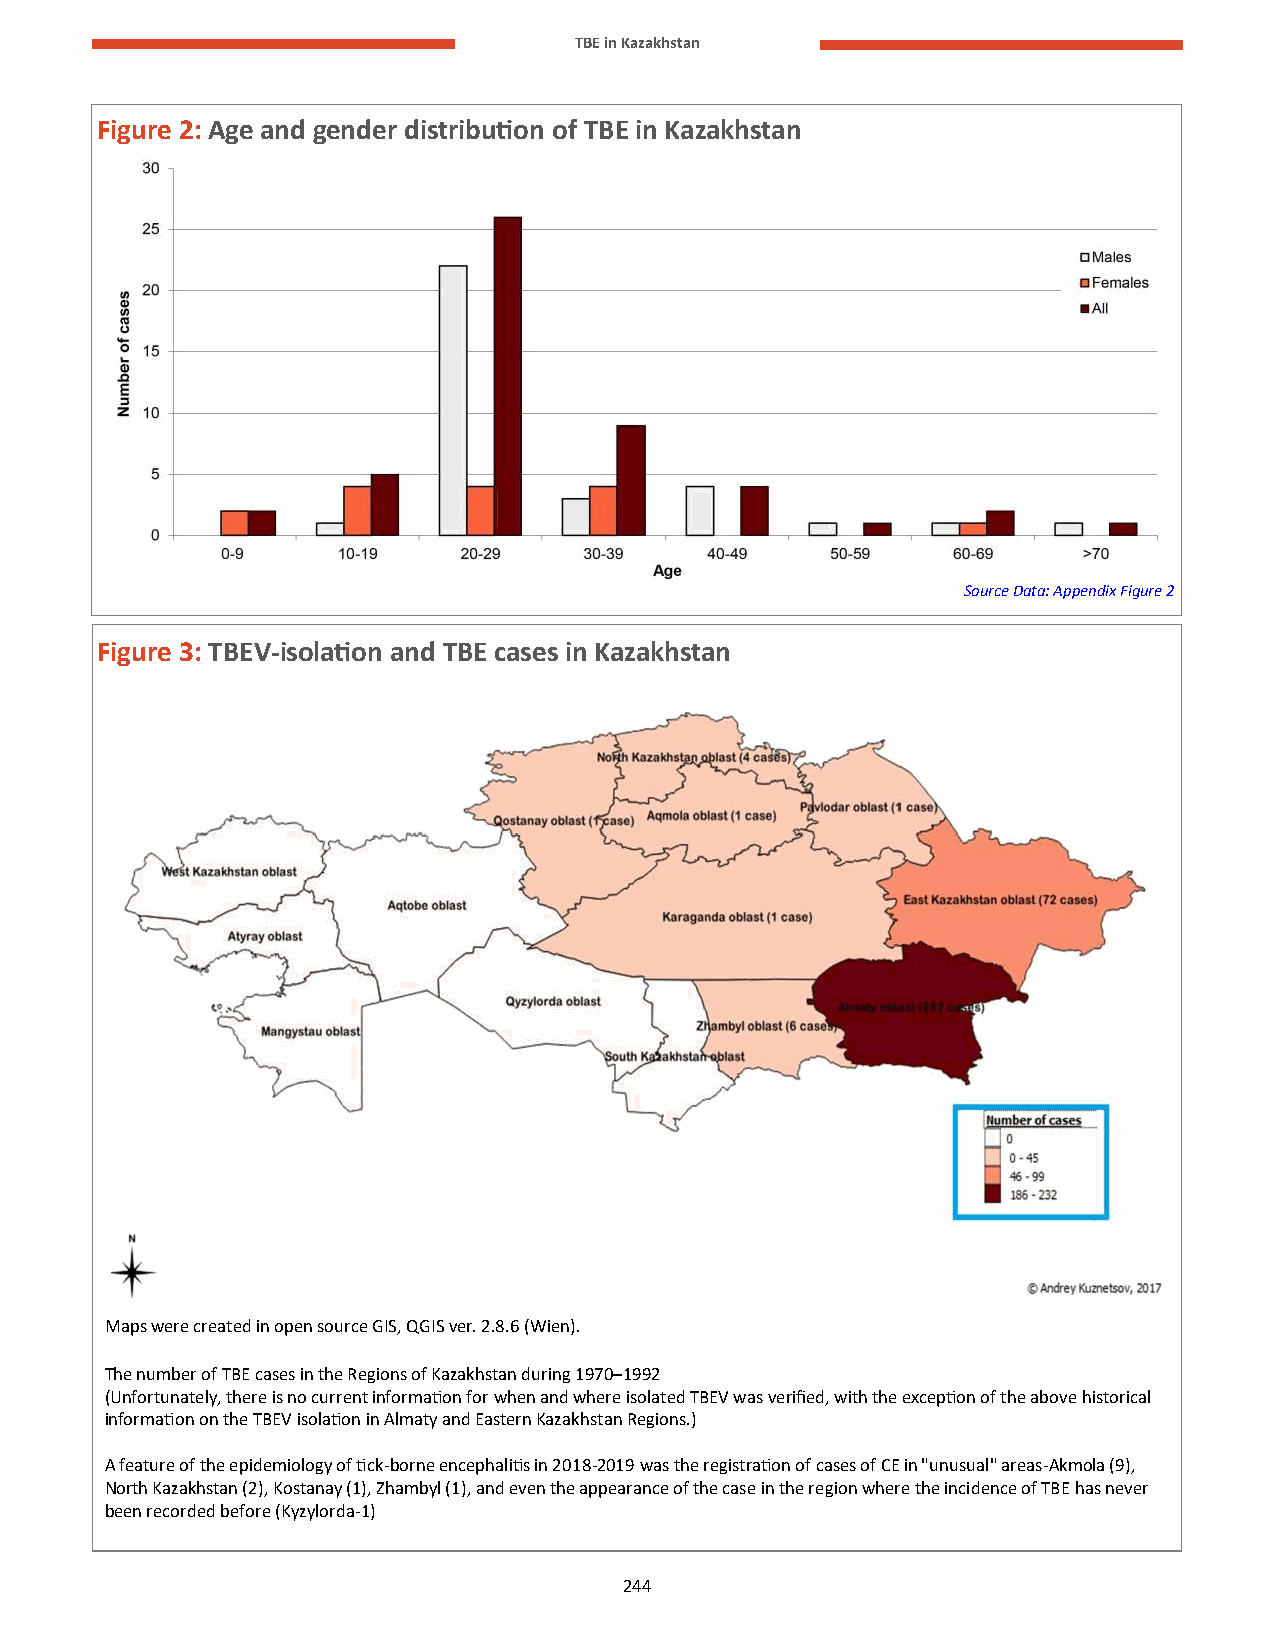
TBE in Kazakhstan
 Figure 2: Age and gender distribution of TBE in Kazakhstan
 Source Data: Appendix Figure 2
 Figure 3: TBEV-isolation and TBE cases in Kazakhstan
 Maps were created in open source GIS, QGIS ver. 2.8.6 (Wien).
 The number of TBE cases in the Regions of Kazakhstan during 1970–1992
 (Unfortunately, there is no current information for when and where isolated TBEV was verified, with the exception of the above historical
 information on the TBEV isolation in Almaty and Eastern Kazakhstan Regions.)
 A feature of the epidemiology of tick-borne encephalitis in 2018-2019 was the registration of cases of CE in "unusual" areas-Akmola (9),
 North Kazakhstan (2), Kostanay (1), Zhambyl (1), and even the appearance of the case in the region where the incidence of TBE has never
 been recorded before (Kyzylorda-1)
 244